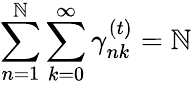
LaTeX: \sum_{n=1}^{\mathbb{N}}\sum_{k=0}^{\infty}\gamma_{nk}^{(t)}=\mathbb{N}